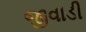
જીવાડી